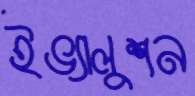
ইভ্যালুশন